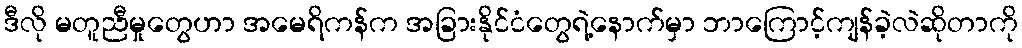
ဒီလို မတူညီမှုတွေဟာ အမေရိကန်က အခြားနိုင်ငံတွေရဲ့နောက်မှာ ဘာကြောင့်ကျန်ခဲ့လဲဆိုတာကို